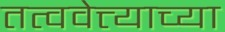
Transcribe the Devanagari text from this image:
तत्ववेत्त्याच्या